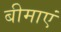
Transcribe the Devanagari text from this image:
बीमाएं